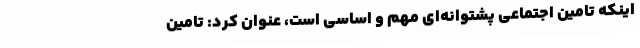
اینکه تامین اجتماعی پشتوانه‌ای مهم و اساسی است، عنوان کرد: تامین